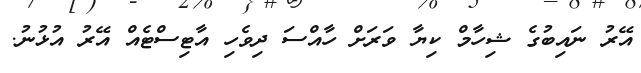
އޭރު ނައިބުގެ ޝިހާމް ކިޔާ ވަރަށް ހާއްސަ ދިވެހި އާޓިސްޓެއް އޭރު އުޅުނު.